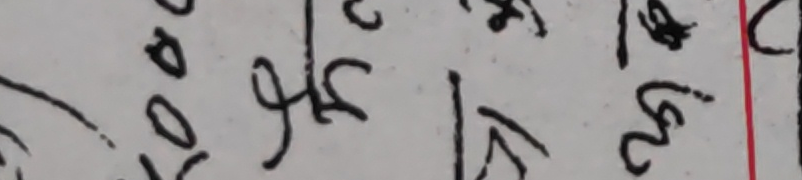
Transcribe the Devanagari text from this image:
१० रु कि रु २५ स